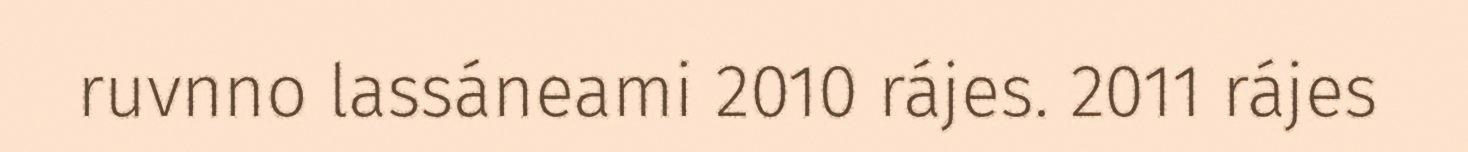
ruvnno lassáneami 2010 rájes. 2011 rájes